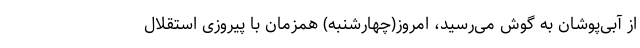
از آبی‌پوشان به گوش می‌رسید، امروز(چهارشنبه) همزمان با پیروزی استقلال